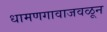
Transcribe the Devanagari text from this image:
धामणगावाजवळून